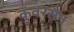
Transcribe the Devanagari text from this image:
कुँवरसैन